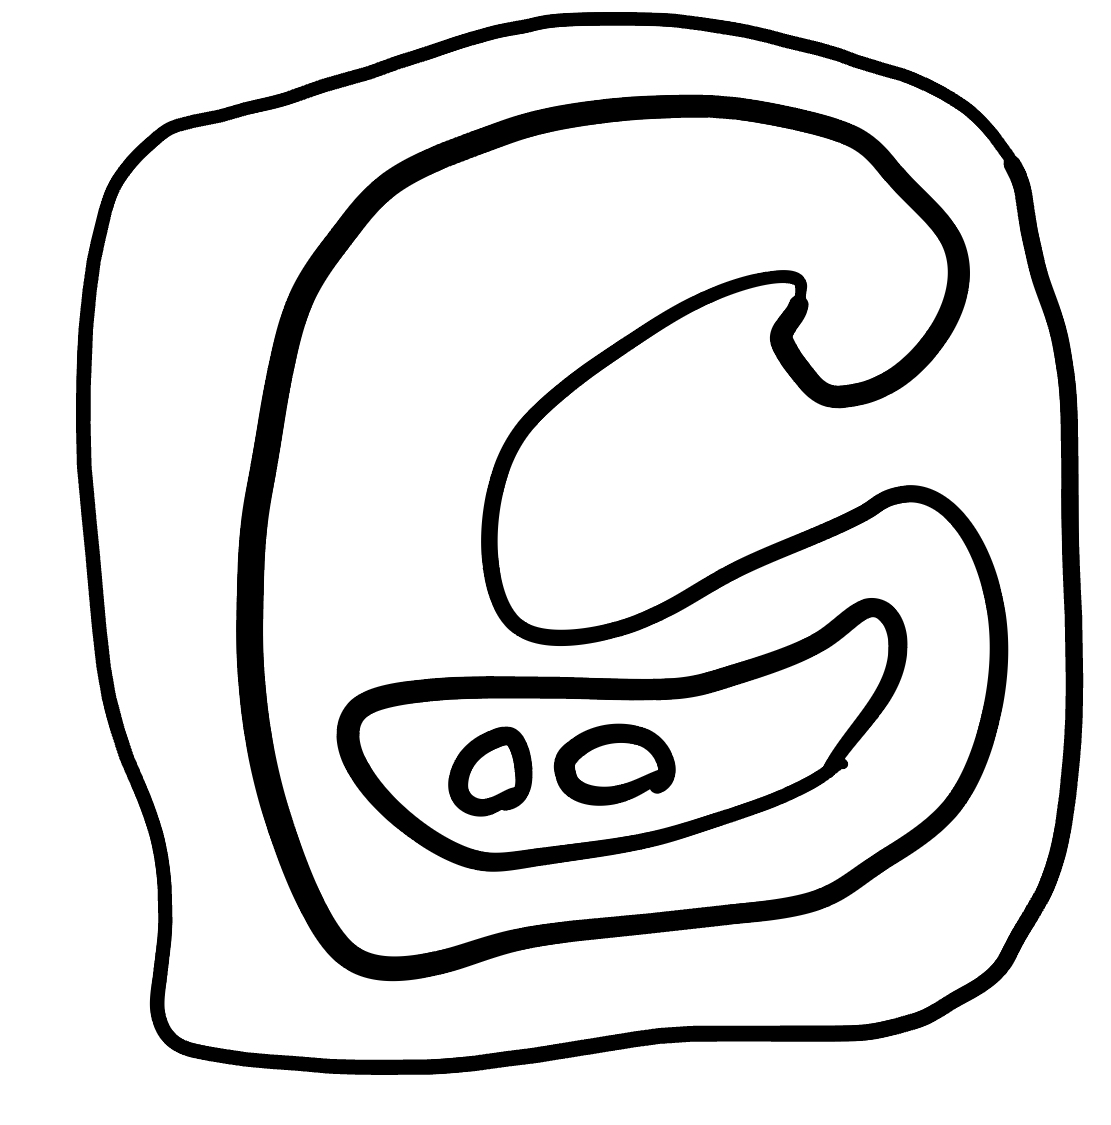
Number of regions (including the outer root region): 6
Containment tree edges (parent, child): 0, 1, 1, 2, 2, 3, 3, 4, 3, 5